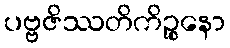
ပဗ္ဗဇိဿတိကိဉ္စနော